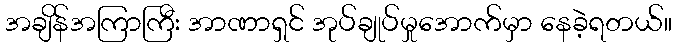
အချိန်အကြာကြီး အာဏာရှင် အုပ်ချုပ်မှုအောက်မှာ နေခဲ့ရတယ်။